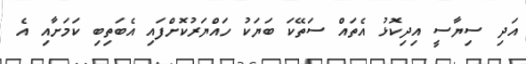
އަދި ސިޔާސީ އިދިކޮޅު އެތައް ސަތޭކަ ބަޔަކު ހައްޔަރުކޮށްފައި އެބަތިބި ކަމަށާއި އެ